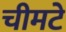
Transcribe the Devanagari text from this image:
चीमटे